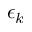
\epsilon _ { k }